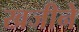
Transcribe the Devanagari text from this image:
खजीने